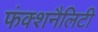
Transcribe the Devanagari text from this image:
फंक्शनैलिटी